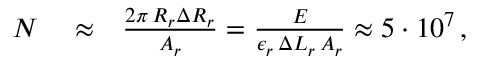
\begin{array} { r l r } { N } & { { } \approx } & { \frac { 2 \pi \, R _ { r } \Delta R _ { r } } { A _ { r } } = \frac { E } { \epsilon _ { r } \, \Delta L _ { r } \, A _ { r } } \approx 5 \cdot 1 0 ^ { 7 } \, , } \end{array}